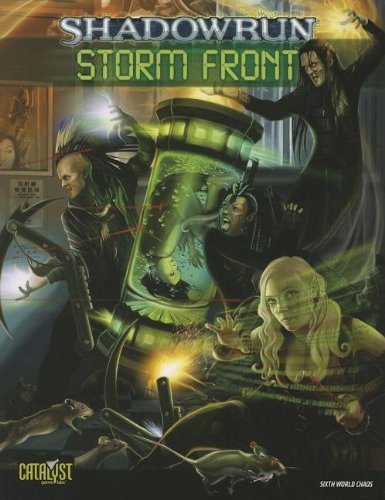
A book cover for Shadowrun Storm Front; Catalyst Game Labs; Science Fiction & Fantasy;